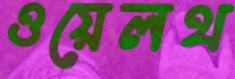
ওয়েলথ